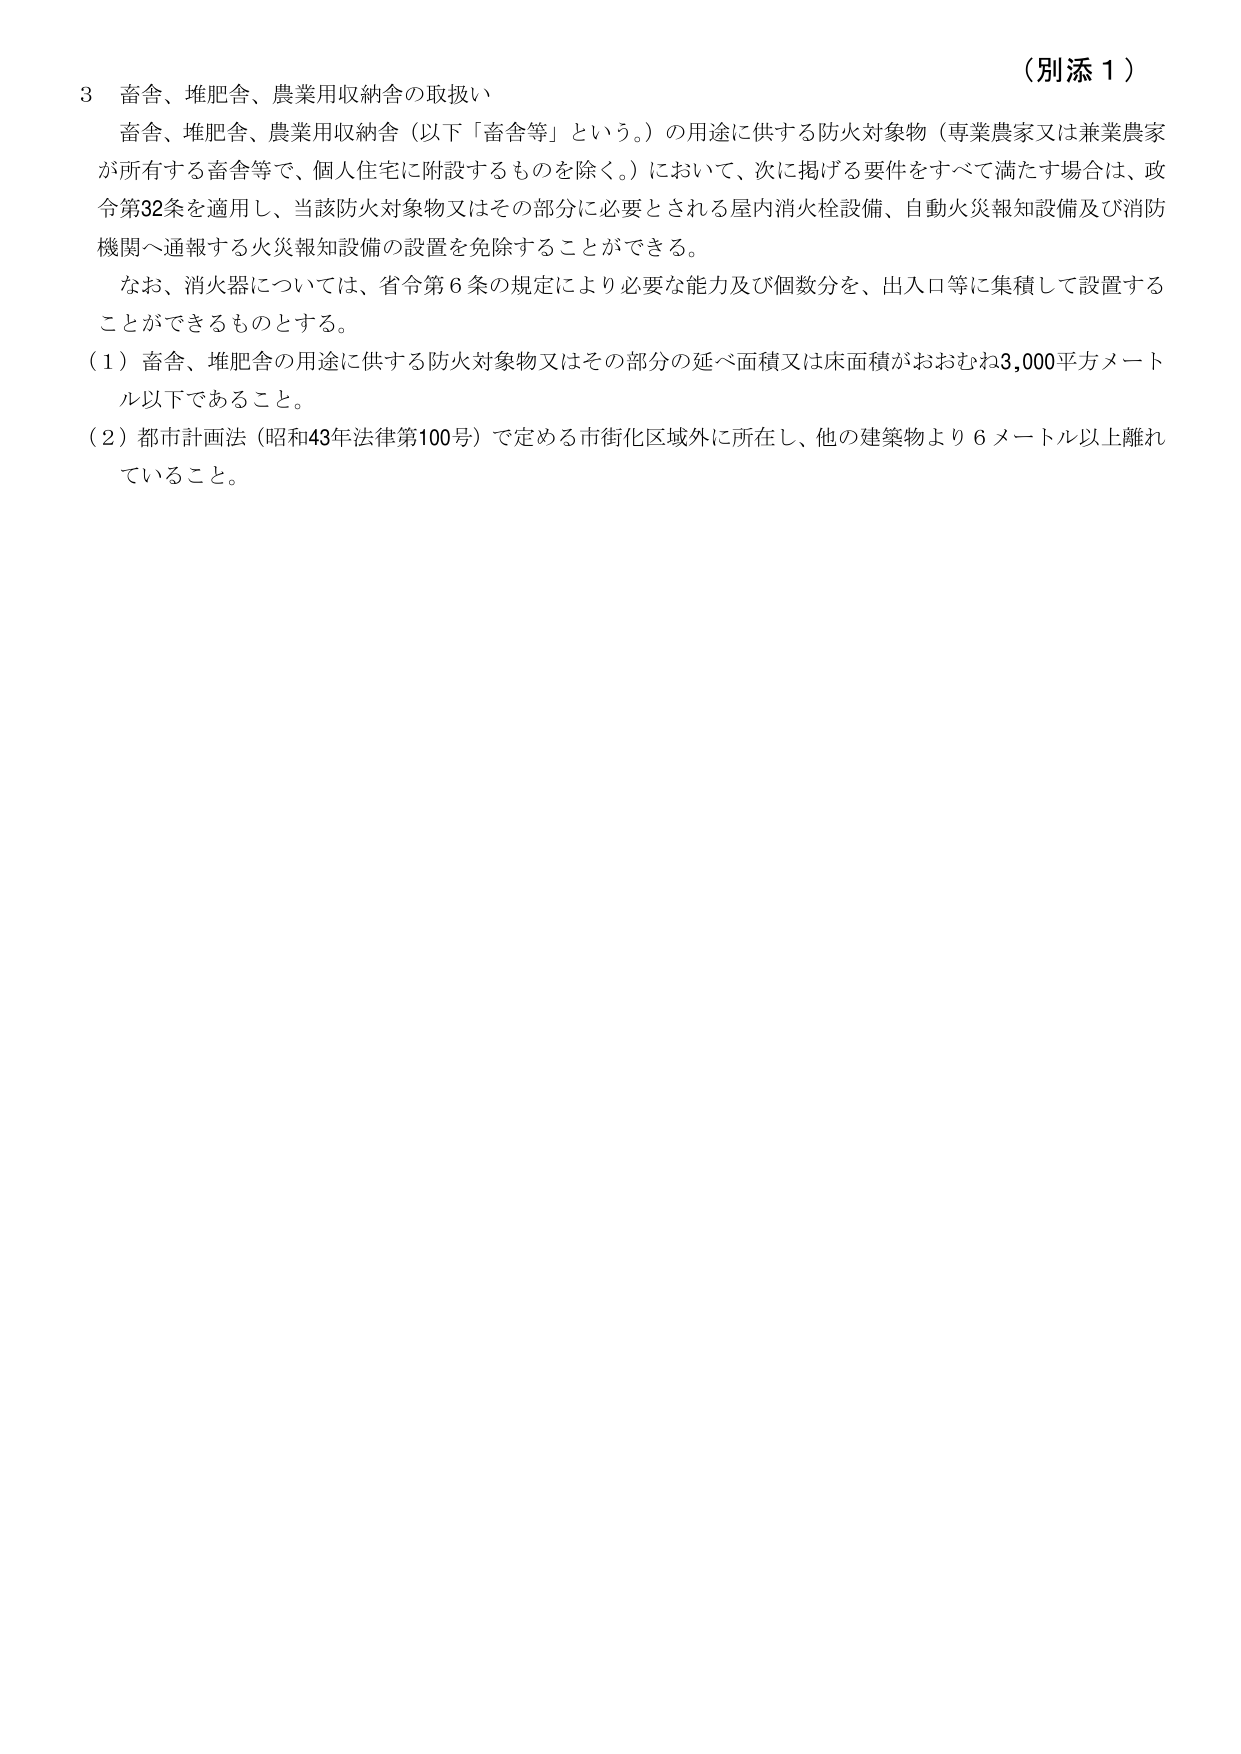
（別添１）

３ 畜舎、堆肥舎、農業用収納舎の取扱い

畜舎、堆肥舎、農業用収納舎（以下「畜舎等」という。）の用途に供する防火対象物（専業農家又は兼業農家が所有する畜舎等で、個人住宅に附設するものを除く。）において、次に掲げる要件をすべて満たす場合は、政令第32条を適用し、当該防火対象物又はその部分に必要とされる屋内消火栓設備、自動火災報知設備及び消防機関へ通報する火災報知設備の設置を免除することができる。

なお、消火器については、省令第６条の規定により必要な能力及び個数分を、出入口等に集積して設置することができるものとする。

（１）畜舎、堆肥舎の用途に供する防火対象物又はその部分の延べ面積又は床面積がおおむね3,000平方メートル以下であること。

（２）都市計画法（昭和43年法律第100号）で定める市街化区域外に所在し、他の建築物より６メートル以上離れていること。